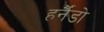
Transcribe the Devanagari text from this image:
हर्नैंडो